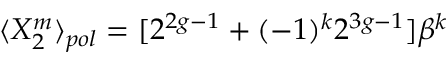
\langle X _ { 2 } ^ { m } \rangle _ { p o l } = [ 2 ^ { 2 g - 1 } + ( - 1 ) ^ { k } 2 ^ { 3 g - 1 } ] \beta ^ { k }